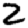
Digit: 2